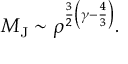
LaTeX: M _ { \mathrm { J } } \sim \rho ^ { { \frac { 3 } { 2 } } \left( \gamma - { \frac { 4 } { 3 } } \right) } .